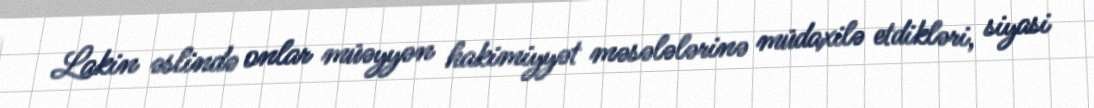
Lakin əslində onlar müəyyən hakimiyyət məsələlərinə müdaxilə etdikləri, siyasi